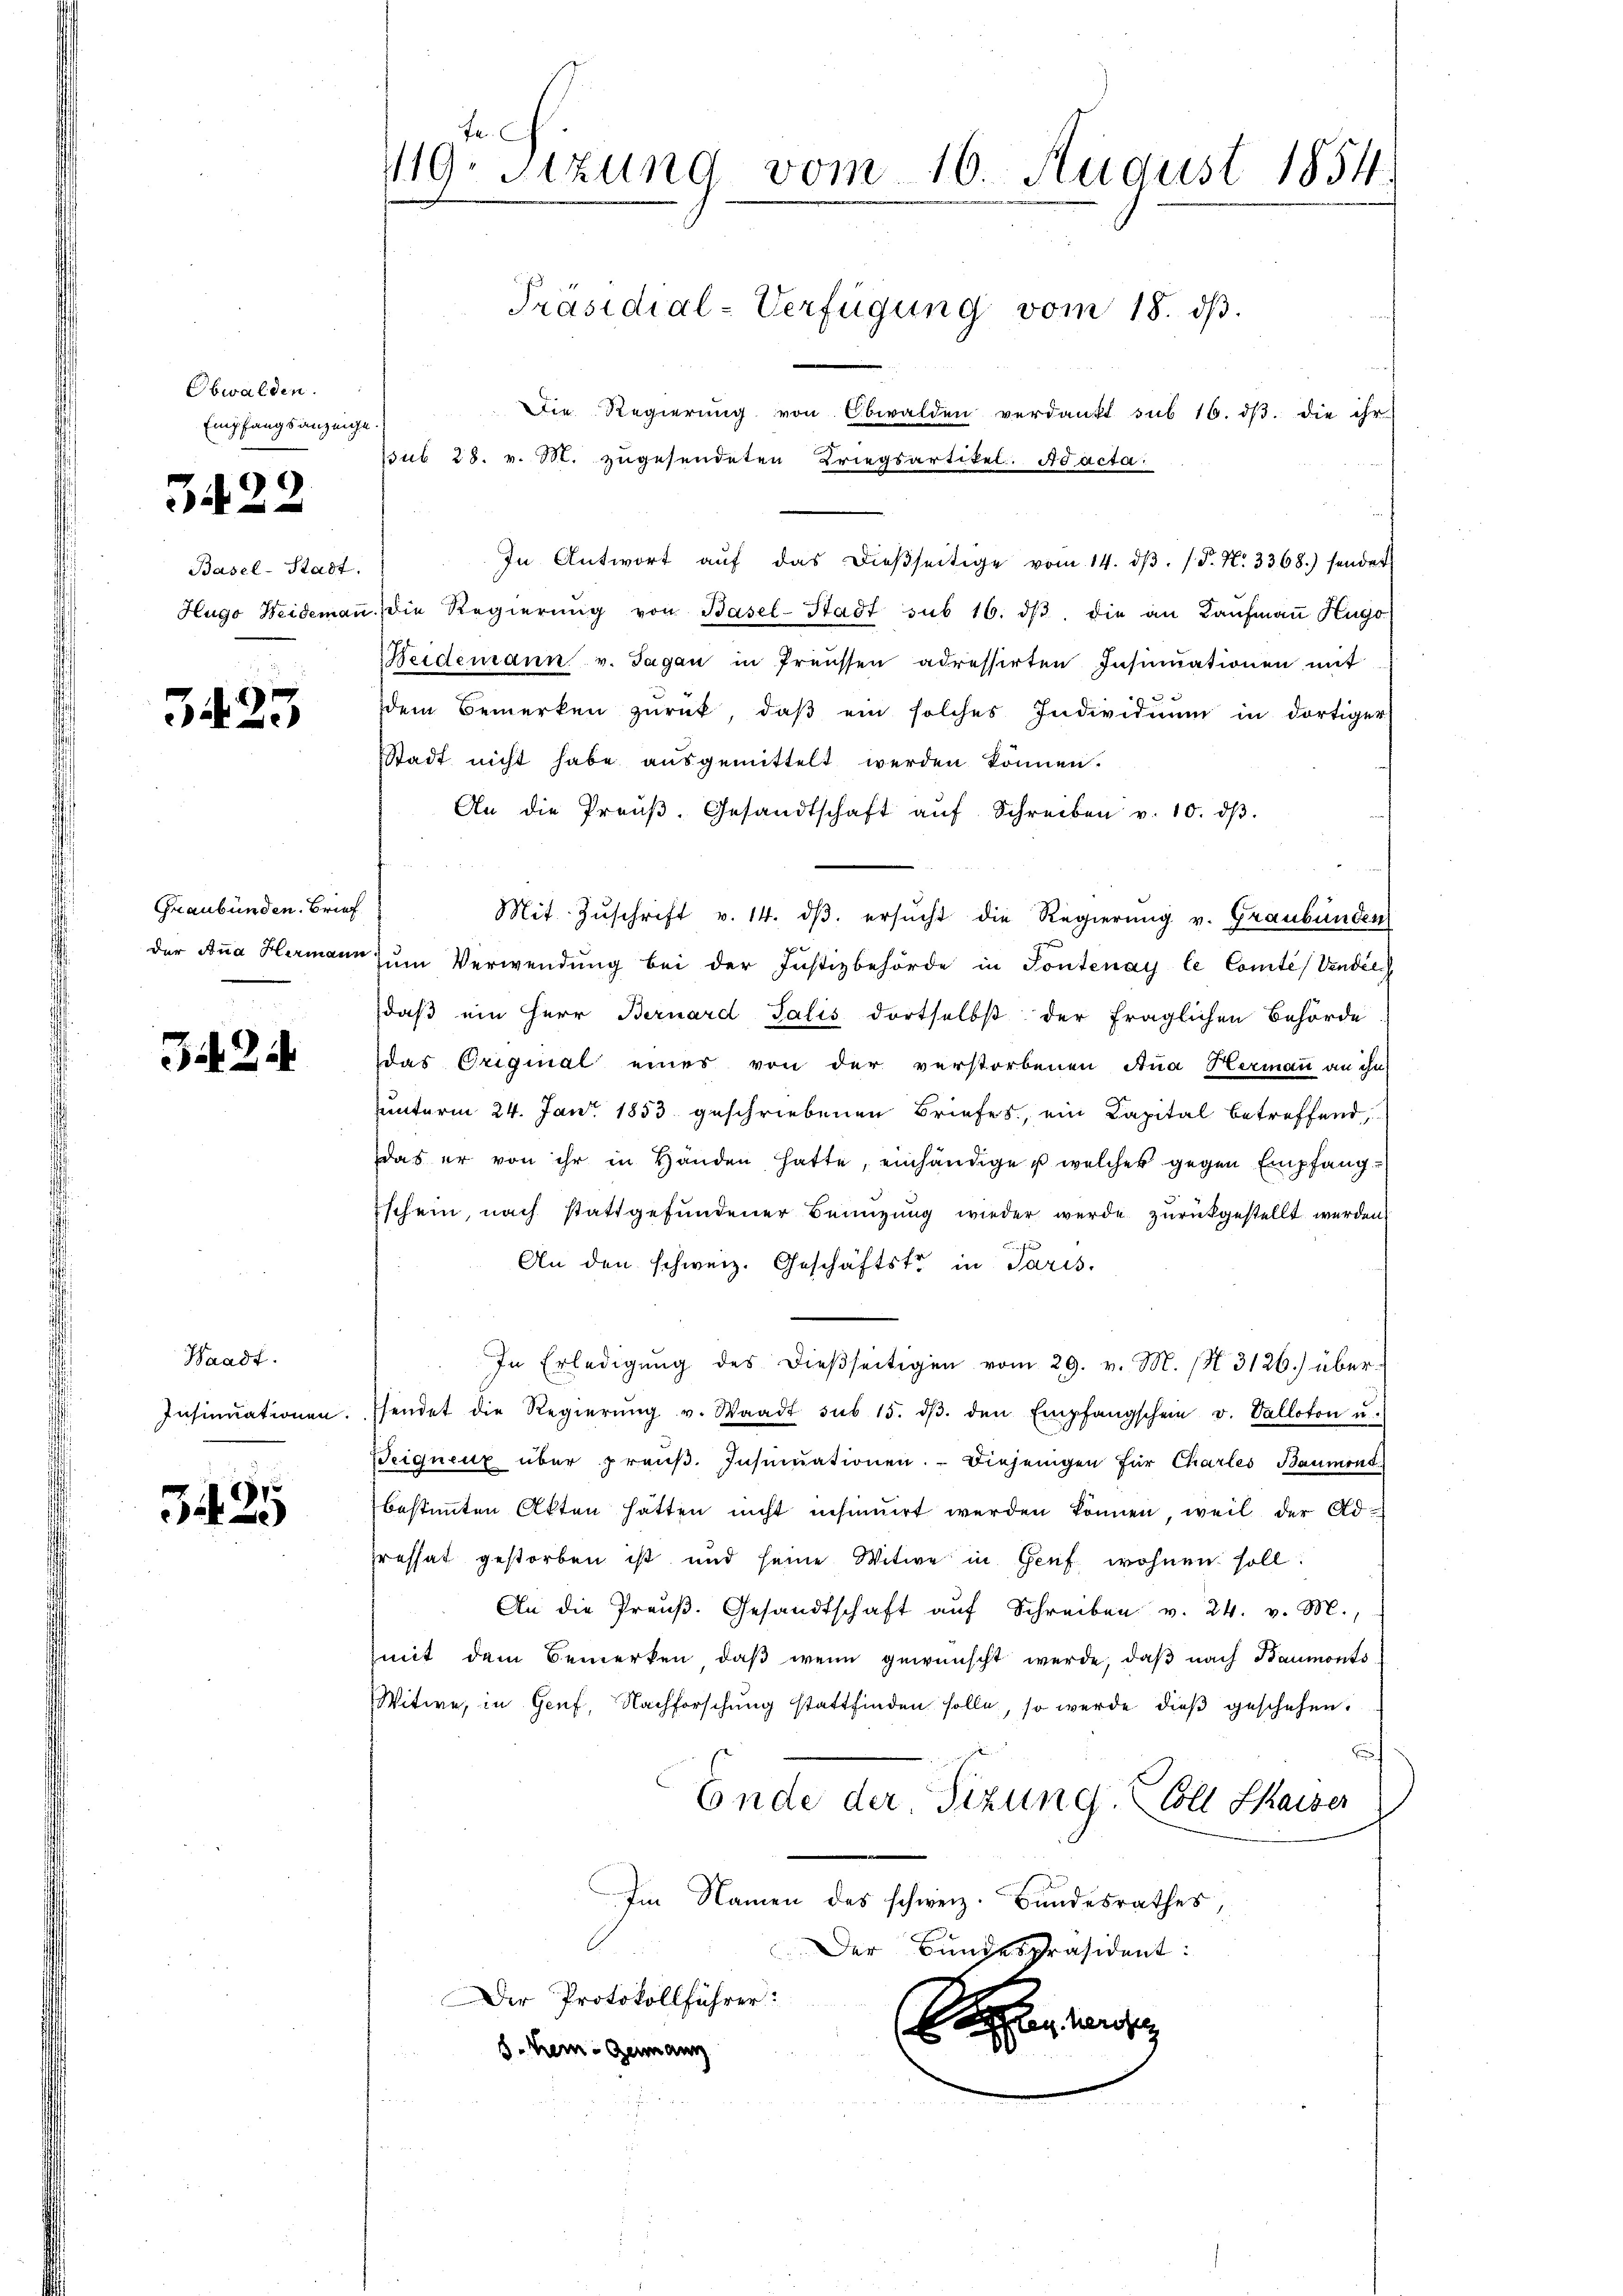
Obwalden.
Empfangsanzeige.

3422

Basel-Stadt.

3423

Graubünden. Brief
der Anna Hermann

3424

Waadt.
Insinuationen.

.
34)

119. Sizung vom 16. August 1854.
Präsidial-Verfügung vom 18. dβ.

Die Regierŭng von Obwalden verdankt sub 16. dβ. die ihr
sub 28. v. M. zugesendeten Kriegsartikel. Ad acta
In Antwort aŭf das dieβseitige vom 14. dβ. P. N. 3368.) sonder
Hugo Weidemann. Die Regierŭng von Basel-Stadt sub 16. dβ die an Kaŭfmaṅ Hugo
Heidemann v. Tagan in Preissen adressirten Insinuationen mit
dem Bemerken zŭrück, daβ ein solches Individuum in dortiger
Stadt nicht habe ausgemittelt werden können.
An die Preŭβ. Gesandtschaft aŭf Schreiben v. 10. dβ.
Mit Zuschrift v. 14. dβ. ersucht die Regierung v. Graubünden
 zŭm Verwendŭng bei der Justizbehörde in Pontenay le Comtes Vendie
daß ein Herr Bernard Salis dortselbst der fraglichen Behörde
das Original eines von der verstorbenen Aua Hermann an ihn
unterm 24. Jan. 1853 geschriebenen Briefes, ein Kapital betreffend,
das er von ihr in Handen hatte, einhändige u welcher gegen Empfang-
schein, nach stattgefŭndener Beizŭng wieder werde zŭrückgestellt werden.
An den schweiz. Geschäftstr in Paris.
In Erledigŭng des dießseitigen vom 29. v. M. (N 3126) überhendet die Regierŭng v. Staadt sub 15. dβ. den Empfangschein v. Valloton u.
Seignenz über preŭβ. Insinuationen. Diejenigen für Chartes Baumont
bestimmten Akten hatten nicht insumirt werden können, weil der Adpressat gestorben ist und seine Witwe in Genf wohnen soll.
An die Preŭβ. Gesandtschaft aŭf Schreiben v. 24. v. M.,
mit dem Bemerken, daβ wenn gewünscht werde, daβ nach Baumonts
Witwe, in Genf, Nachforschung stattfinden solle, so werde dieß geschehen.
Ende der Sizung. Soll Shaiser
Im Namen des schweiz. Bundesrathes,
Der Bundespräsident:
Der Protokollführer:
n ander
8. Kein - Genann